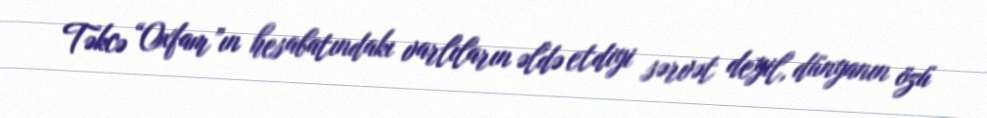
Təkcə “Oxfam”ın hesabatındakı varlıların əldə etdiyi sərvət deyil, dünyanın özü